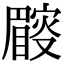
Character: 𥋜